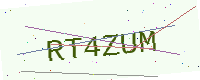
Text: RT4ZUM